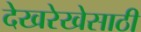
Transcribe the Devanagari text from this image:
देखरेखेसाठी